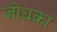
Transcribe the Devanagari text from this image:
जोधका